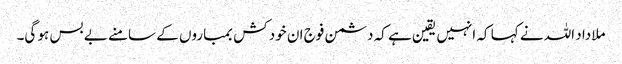
ملا داد اللہ نے کہا کہ انہیں یقین ہے کہ دشمن فوج ان خود کش بمباروں کے سامنے بے بس ہو گی۔